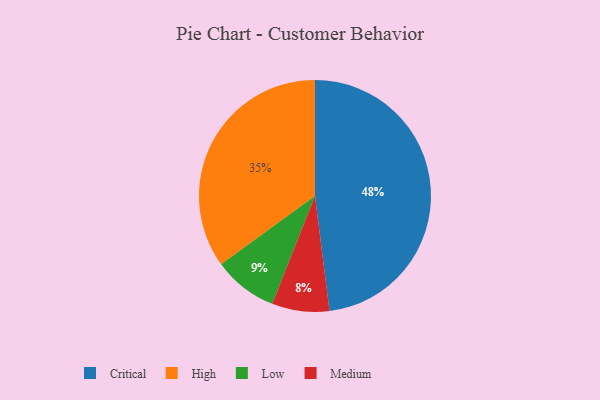
{"axis": {"x": "Category", "y": "Percentage"}, "legend": ["Critical", "High", "Low", "Medium"], "data": [{"x": "Critical", "y": 48, "type": "Critical"}, {"x": "High", "y": 35, "type": "High"}, {"x": "Low", "y": 9, "type": "Low"}, {"x": "Medium", "y": 8, "type": "Medium"}]}